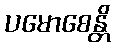
ပမောစေန္တိ